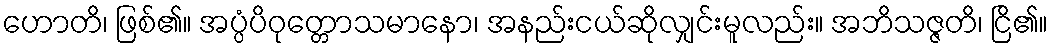
ဟောတိ၊ ဖြစ်၏။ အပ္ပံပိဝုတ္တောသမာနော၊ အနည်းငယ်ဆိုလျှင်းမူလည်း။ အဘိသဇ္ဇတိ၊ ငြိ၏။